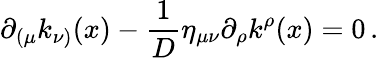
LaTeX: \partial_{(\mu}k_{\nu)}(x)-\frac 1D\eta_{\mu\nu}\partial_{\rho}k^{\rho}(x)=0\, .